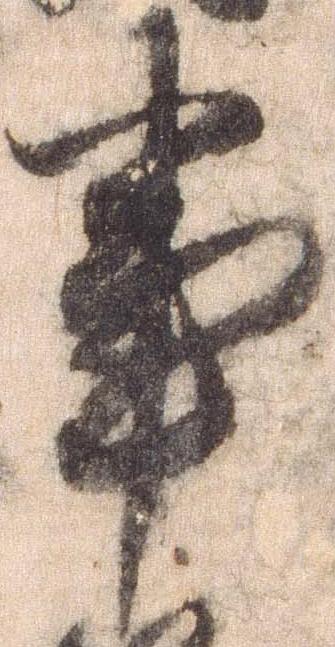
事